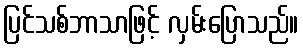
ပြင်သစ်ဘာသာဖြင့် လှမ်းပြောသည်။